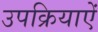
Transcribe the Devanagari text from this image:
उपक्रियाऐं